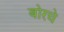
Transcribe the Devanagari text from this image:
बोरचे